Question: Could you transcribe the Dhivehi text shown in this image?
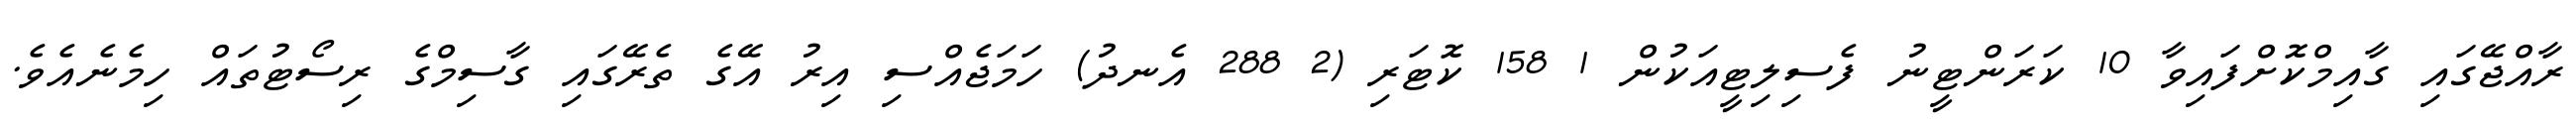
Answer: ރާއްޖޭގައި ގާއިމްކޮށްފައިވާ 10 ކަރަންޓީނު ފެސިލިޓީއަކުން 1 158 ކޮޓަރި (2 288 އެނދު) ހަމަޖެއްސި އިރު އޭގެ ތެރޭގައި ގާސިމްގެ ރިސޯޓުތައް ހިމެނެއެވެ.